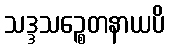
သဒ္ဒသဉ္စေတနာယပိ